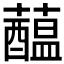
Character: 𧂯